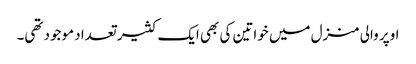
اوپر والی منزل میں خواتین کی بھی ایک کثیر تعداد موجود تھی۔